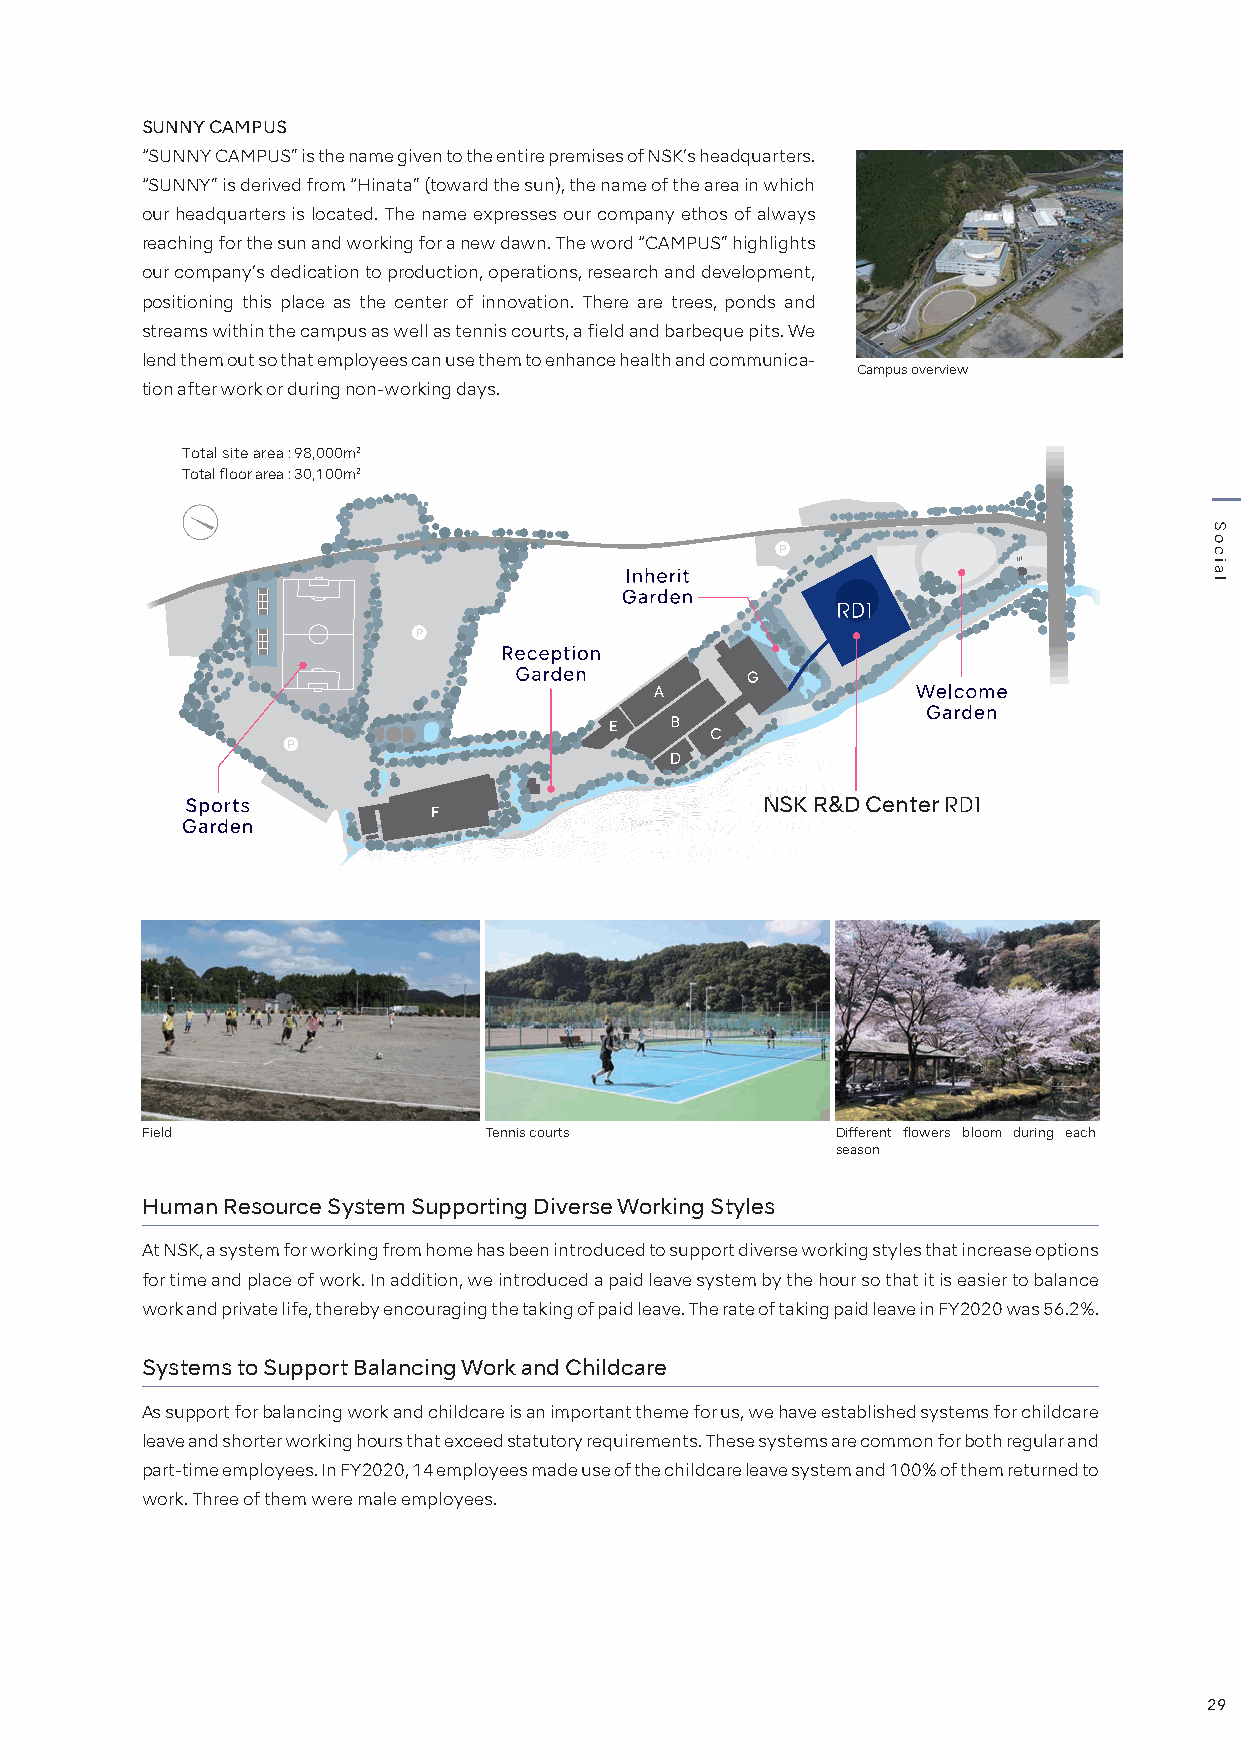
SUNNY CAMPUS
 “SUNNY CAMPUS” is the name given to the entire premises of NSK’s headquarters.
 “SUNNY” is derived from “Hinata” (toward the sun), the name of the area in which
 our headquarters is located. The name expresses our company ethos of always
 reaching for the sun and working for a new dawn. The word “CAMPUS” highlights
 our company’s dedication to production, operations, research and development,
 positioning this place as the center of innovation. There are trees, ponds and
 streams within the campus as well as tennis courts, a field and barbeque pits. We
 lend them out so that employees can use them to enhance health and communica-
 Campus overview
 tion after work or during non-working days.
 Total site area : 98,000m2
 Total floor area : 30,100m2
 NSK R&D Center
 Field                  Tennis courts          Different flowers bloom during each
 season
 Human Resource System Supporting Diverse Working Styles
 At NSK, a system for working from home has been introduced to support diverse working styles that increase options
 for time and place of work. In addition, we introduced a paid leave system by the hour so that it is easier to balance
 work and private life, thereby encouraging the taking of paid leave. The rate of taking paid leave in FY2020 was 56.2%.
 Systems to Support Balancing Work and Childcare
 As support for balancing work and childcare is an important theme for us, we have established systems for childcare
 leave and shorter working hours that exceed statutory requirements. These systems are common for both regular and
 part-time employees. In FY2020, 14 employees made use of the childcare leave system and 100% of them returned to
 work. Three of them were male employees.
 29
 Social